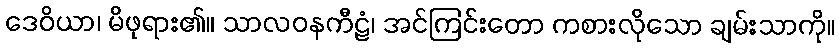
ဒေဝိယာ၊ မိဖုရား၏။ သာလဝနကီဠံ၊ အင်ကြင်းတော ကစားလိုသော ချမ်းသာကို။